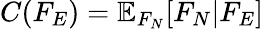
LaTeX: C(F_{E})=\mathbb{E}_{F_{N}}[F_{N}|F_{E}]